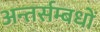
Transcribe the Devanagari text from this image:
अन्तर्सम्बधों